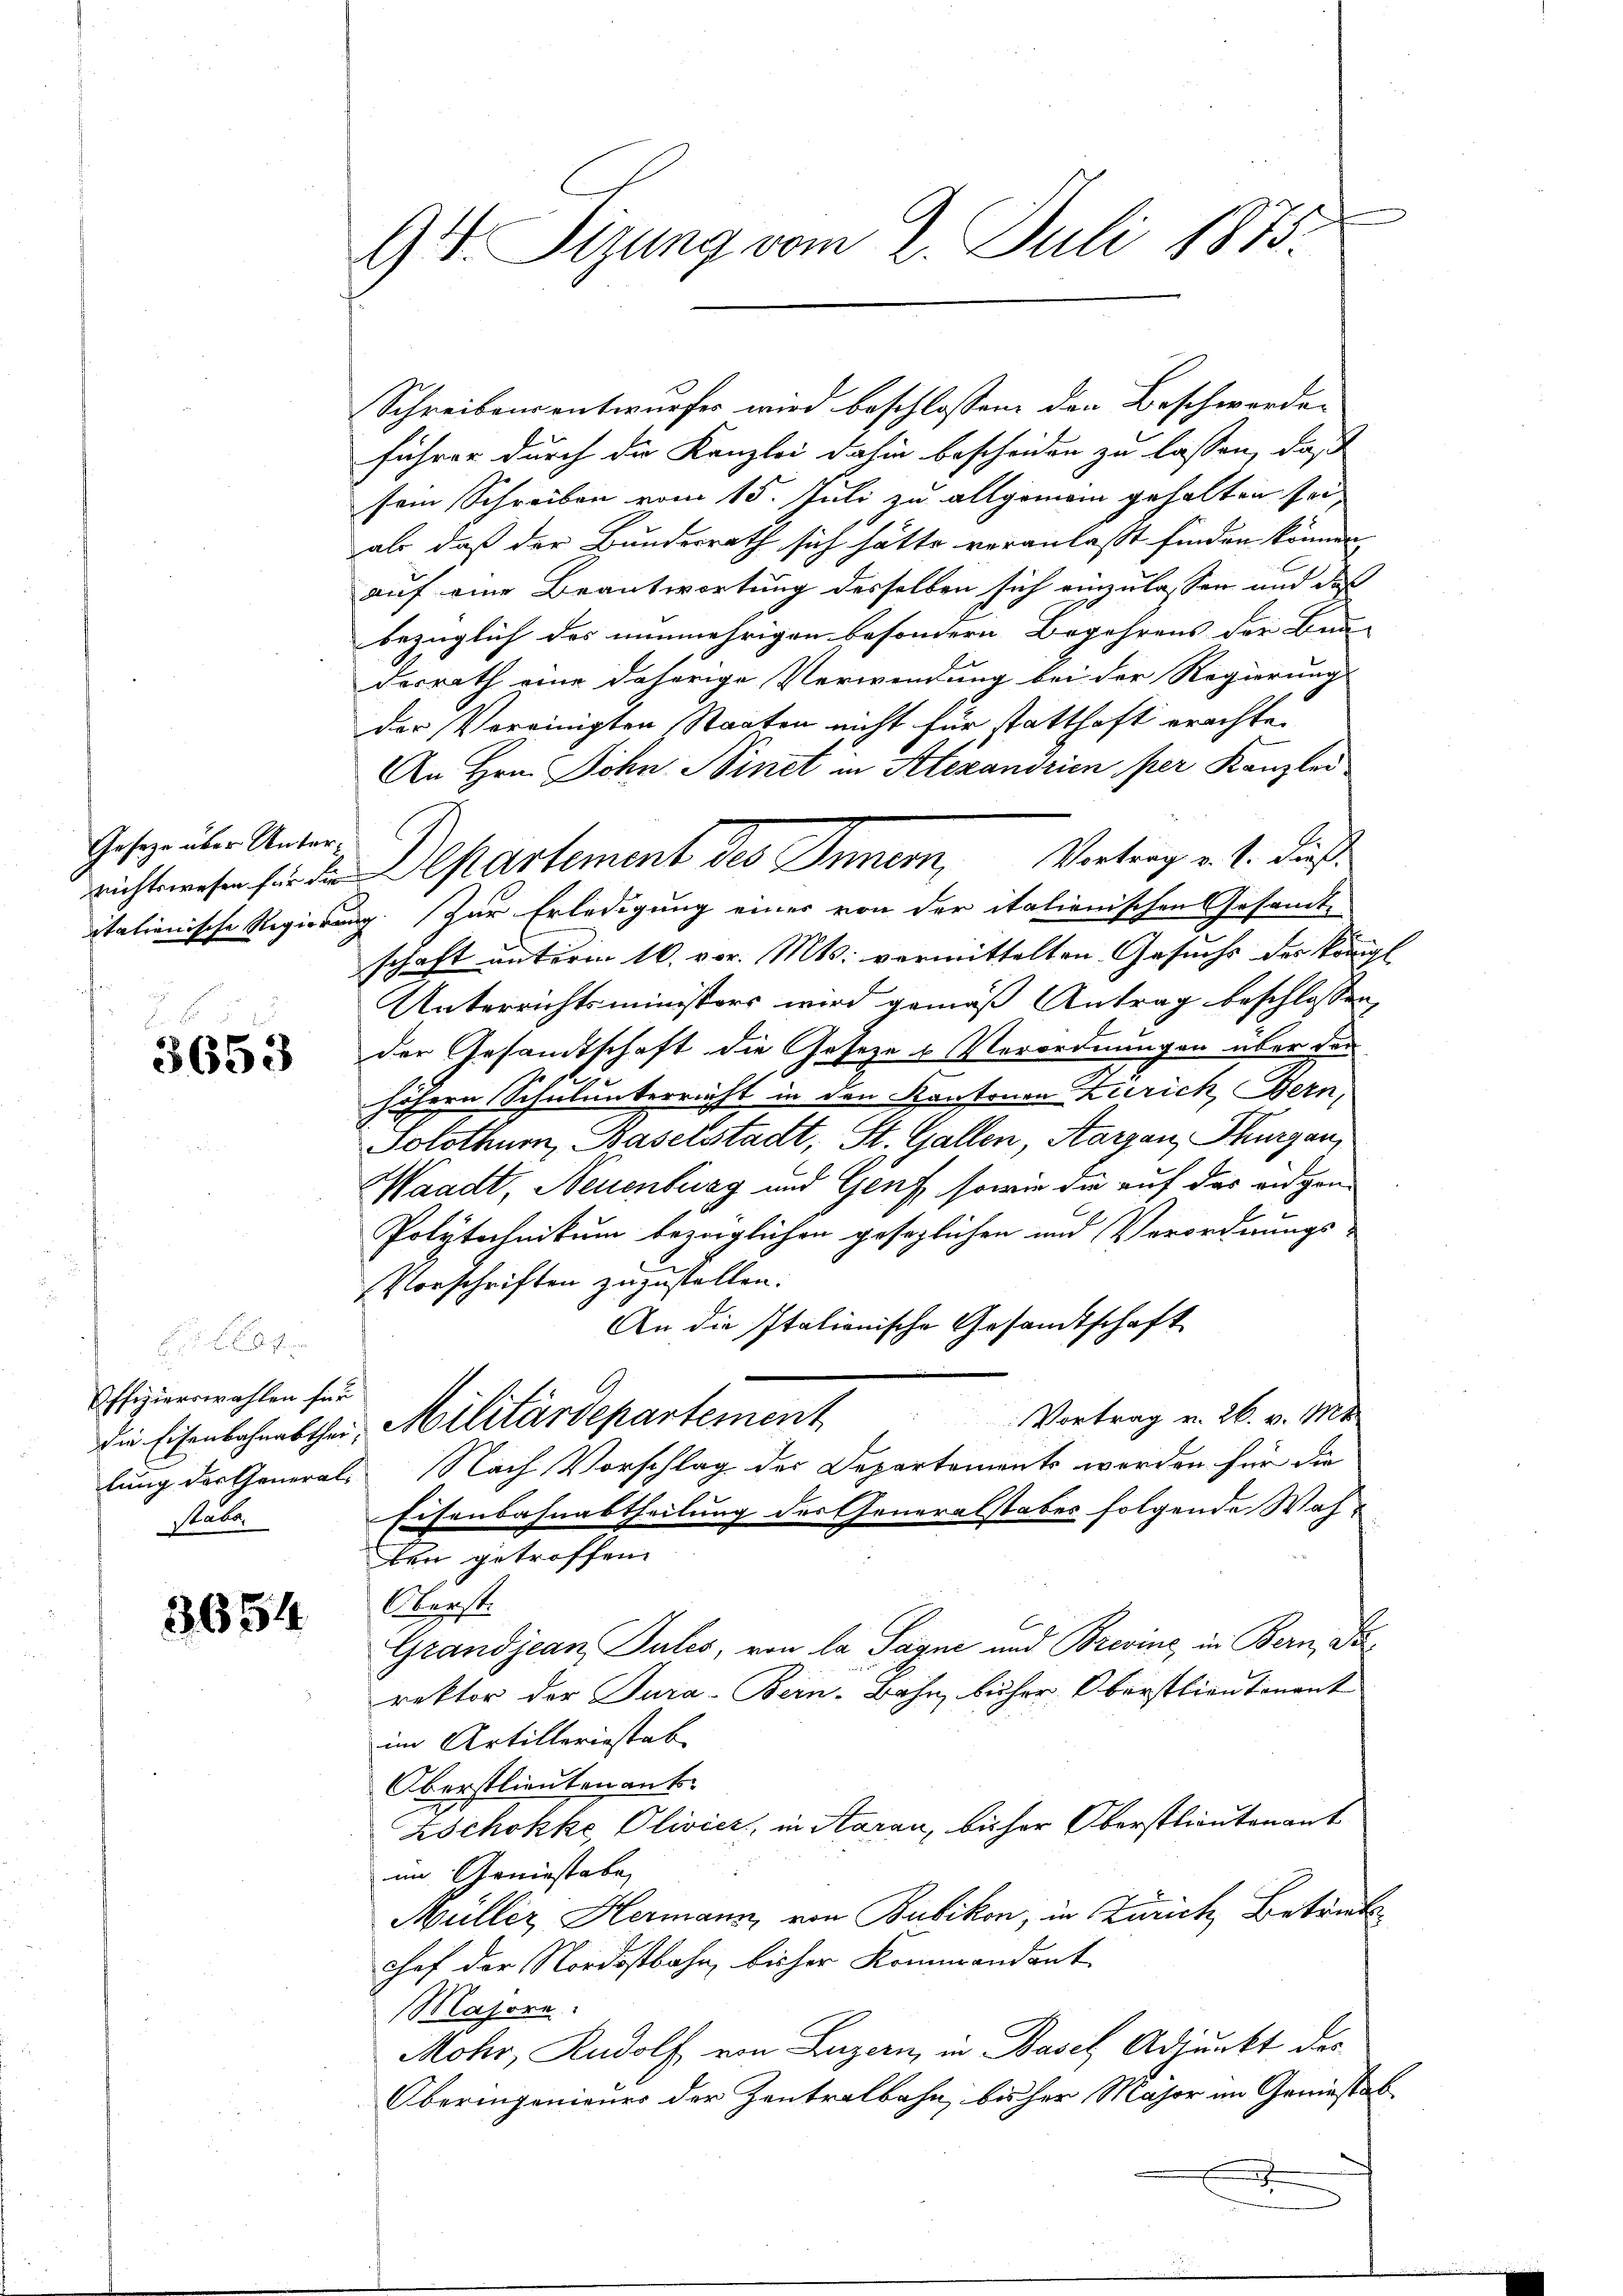
Gesetze über Unter¬

3653

Offizierswahlen für
stabe.

3654

9 V. Sizung vom 2. Juli 1875.

Schreibensentwurfes wird beschlossen den Beschwerde-
führer durch die Kanzlei dahin bescheiden zu lassen, daß
sein Schreiben vom 15. Juli zu allgemein gehalten sei
als, daß der Bunderrath sich hätte veranlaßt finden können,
auf eine Beantwortung desselben sich einzulassen und das
bezüglich des nunmehrigen besondern Begehrens der Bun-
derrath eine daherige Verwendung bei der Regierungs
der Vereinigten Staaten nicht für statthaft erachten
An Hrn. Sohn Sinet in Alexandrien per Kanzlei
richtswesen sie die Departement des Innern, Vertrag v. 1. dies
itationische Regierung. Zur Erledigung einer von der italienischen Gesandte
schaft unterm 16. vor. Mts. vermittelten Gesuchs des Königl.
Unterrichtsministers wird gemäß Antrag beschlossen,
der Gesamtschaft die Geseze u Verordnungen über den
höhern Schulunterricht in den Kantonen Zürich, Bern,
Solothurn, Baselstadt, St. Gallen, Aargau, Thurgau,
Waadt, Neuenburg und Genf, sowie die auf der eidgen¬
Polytechnikum bezüglichen gesezlichen und Verordnungs-
Vorschriften zuzustellen.
An die Italionische Gesandtschaft
die Eisenbahnabthei Militärdepartement                            Vortrag u. 26. v. Mt
lung der General- Nach Vorschlag des Departements werden für die
Eisenbahnabtheilung des Generalstaber folgende Wahben getroffen
Oberst
Grandjean Pules, von la Sagne und Brevine, in Bern, darektor der Jura-Bein-Bahn, büher, Oberstlientinent
im Artilleriestab
Oberstlieutenant.
Zschokke Olivici, in Aarau, bisher Oberstlieutenant
im Geniestabe,
Müller Hermann von Bubikon, in Zürich Betriebshef der Nordostbahn, bisher Kommandant
Majore.
Mohr, Rudolf von Luzern, in Basel Adjunkt des
Oberingenieurs der Zentralbahn, bisher Major im Geniesstabe